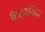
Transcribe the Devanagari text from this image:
निर्णायिका